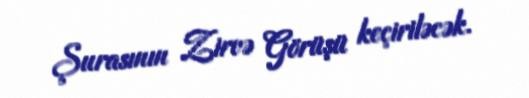
Şurasının Zirvə Görüşü keçiriləcək.